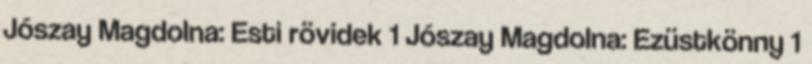
Jószay Magdolna: Esti rövidek 1 Jószay Magdolna: Ezüstkönny 1